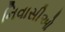
નિવાસીઓ